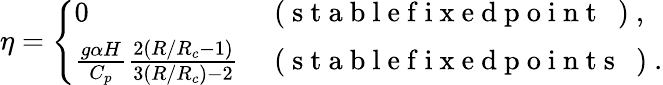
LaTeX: \eta=\left\{ \begin{array}{ll}{0}&{\mathrm{~(~s~t~a~b~l~e~f~i~x~e~d~p~o~i~n~t~~~)~},}\\ {\frac{g\alpha H}{C_{p}}{\frac{2(R/R_{c}-1)}{3(R/R_{c})-2}}}&{\mathrm{~(~s~t~a~b~l~e~f~i~x~e~d~p~o~i~n~t~s~~~)~}.}\end{array}\right.